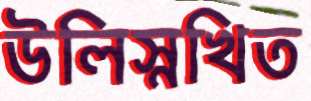
উলিস্নখিত